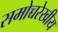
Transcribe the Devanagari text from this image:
समोच्चरेखीय